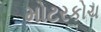
મોટરકોચ